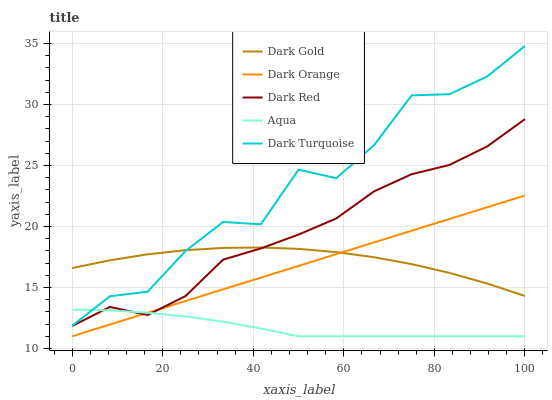
| xaxis_label | Dark Gold | Dark Orange | Dark Red | Aqua | Dark Turquoise |
 | --- | --- | --- | --- | --- | --- |
 | 0 | 16.6 | 11 | 11.8 | 13.2 | 11.9 |
 | 8.33 | 17.2 | 12 | 13.4 | 13.1 | 14.3 |
 | 16.7 | 17.7 | 12.9 | 12.7 | 12.9 | 14.7 |
 | 25 | 18.1 | 13.9 | 14.3 | 12.6 | 18 |
 | 33.3 | 18.2 | 14.8 | 17.3 | 12.2 | 20.4 |
 | 41.7 | 18.3 | 15.8 | 18.2 | 11.6 | 20.2 |
 | 50 | 18.2 | 16.8 | 19.3 | 11 | 24.7 |
 | 58.3 | 17.9 | 17.7 | 20.7 | 11 | 24 |
 | 66.7 | 17.5 | 18.7 | 22.9 | 11 | 26.7 |
 | 75 | 16.9 | 19.6 | 24.3 | 11 | 30.7 |
 | 83.3 | 16.2 | 20.6 | 25 | 11 | 30.8 |
 | 91.7 | 15.3 | 21.6 | 26.6 | 11 | 32.3 |
 | 100 | 14.3 | 22.5 | 28.8 | 11 | 34.8 |